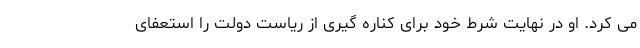
می کرد. او در نهایت شرط خود برای کناره گیری از ریاست دولت را استعفای